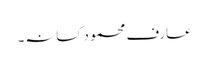
عارف محمود کسانہ۔